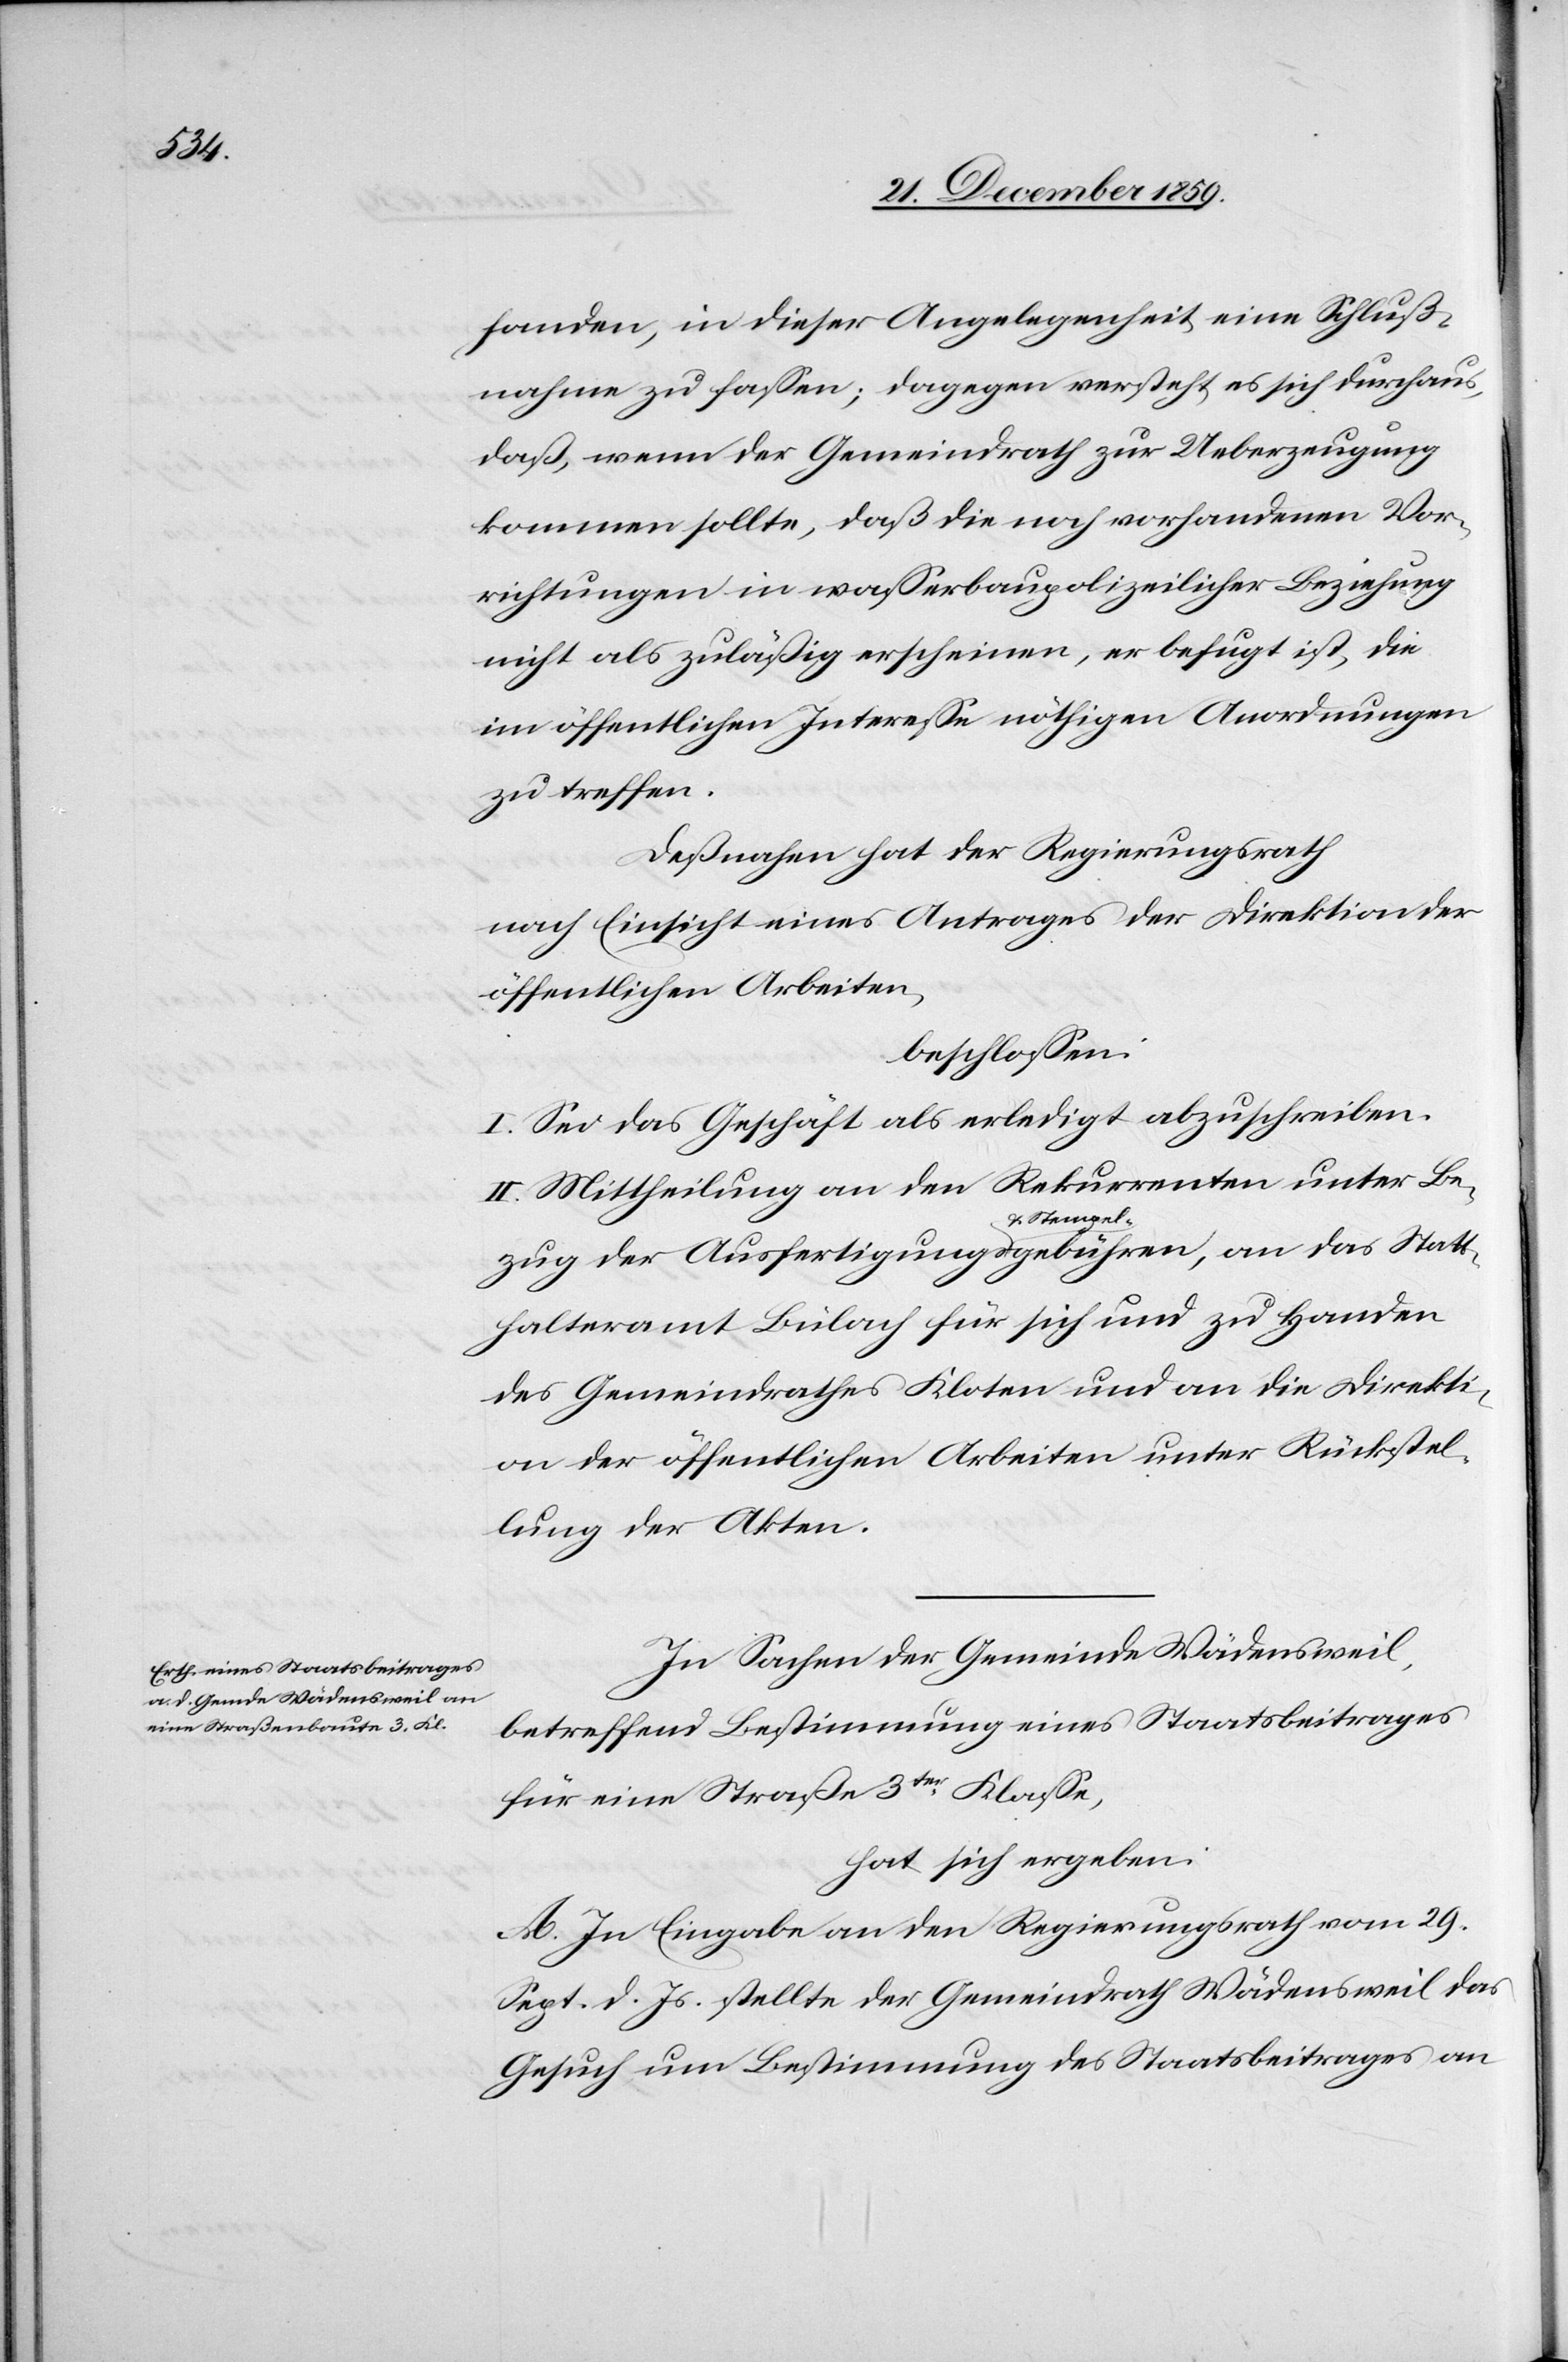
Sta¬

handen, in dieser Angelegenheit eine Schluß¬
nahme zu fassen; dagegen versteht es sich durchaus,
daß, wenn der Gemeindrath zur Ueberzeugung
kommen sollte, daß die noch vorhandenen Vor¬
richtungen in wasserbaupolizeilicher Beziehung
nicht als zuläßig erscheinen, er befugt ist, die
im öffentlichen Interesse nöthigen Anordnungen
zu treffen.
Deßnahen hat der Regierungsrath
nach Einsicht eines Antrages der Direktion der
öffentlichen Arbeiten,
beschlossen:
I. Sei das Geschäft als erledigt abzuschreiben.
II. Mittheilung an den Rekurrenten unter Bezug
tthalteramt Bülach für sich und zu Handen
des Gemeindrathes Kloten und an die Direkti¬
on der öffentlichen Arbeiten unter Rückstel¬
lung der Akten.
In Sachen der Gemeinde Wädensweil,
betreffend Bestimmung eines Staatsbeitrages
für eine Straße 3ter Klasse,
hat sich ergeben:
A. In Eingabe an der Regierungsrath vom 29.
Sept. d. Js. stellte der Gemeindrath Wädensweil das
Gesuch um Bestimmung des Staatsbeitrages an